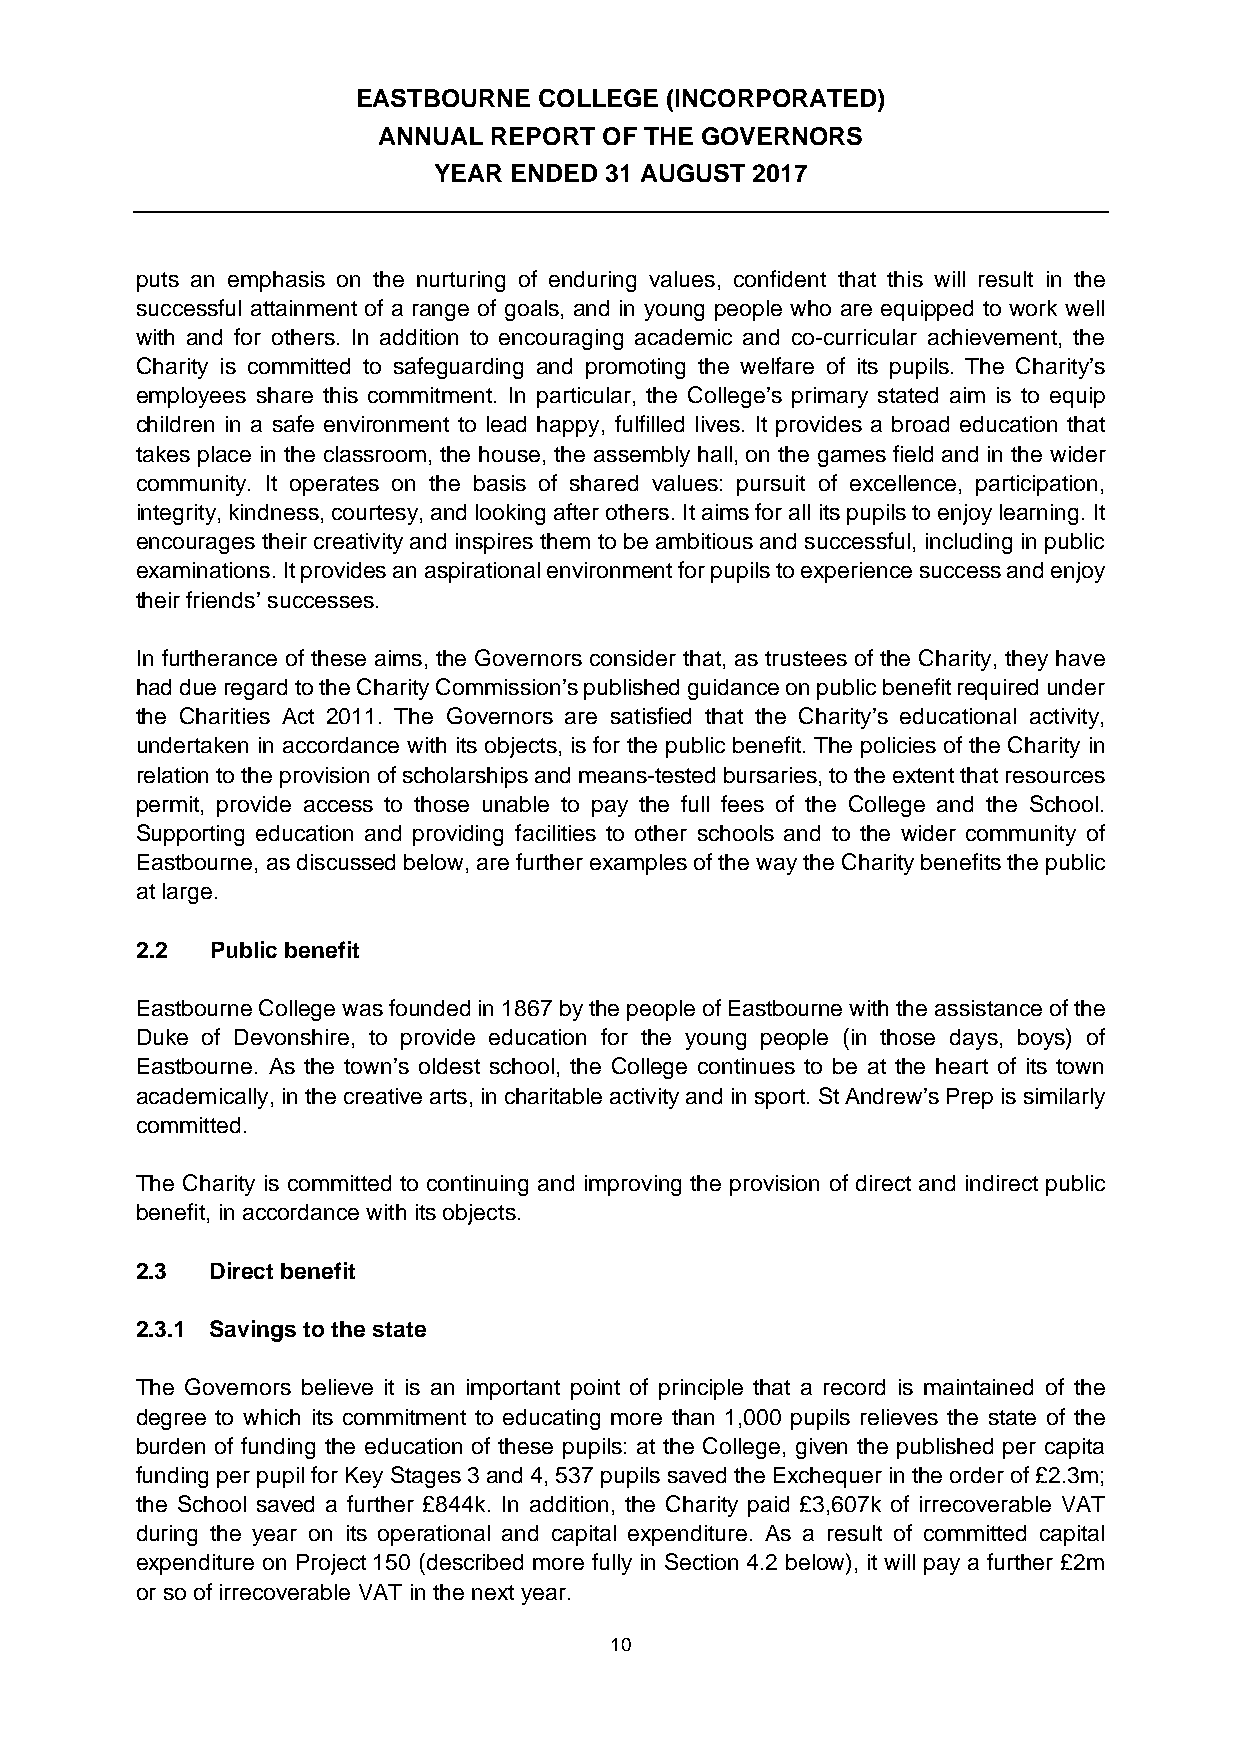
EASTBOURNE  COLLEGE (INCORPORATED)
 ANNUAL REPORT  OF THE GOVERNORS
 YEAR ENDED 31 AUGUST 2017
 puts an emphasis on the nurturing of enduring values, confident that this will result in the
 successful attainment of a range of goals, and in young people who are equipped to work well
 with and for others. In addition to encouraging academic and co-curricular achievement, the
 Charity is committed to safeguarding and promoting the welfare of its pupils. The Charity’s
 employees share this commitment. In particular, the College’s primary stated aim is to equip
 children in a safe environment to lead happy, fulfilled lives. It provides a broad education that
 takes place in the classroom, the house, the assembly hall, on the games field and in the wider
 community. It operates on the basis of shared values: pursuit of excellence, participation,
 integrity, kindness, courtesy, and looking after others. It aims for all its pupils to enjoy learning. It
 encourages their creativity and inspires them to be ambitious and successful, including in public
 examinations. It provides an aspirational environment for pupils to experience success and enjoy
 their friends’ successes.
 In furtherance of these aims, the Governors consider that, as trustees of the Charity, they have
 had due regard to the Charity Commission’s published guidance on public benefit required under
 the Charities Act 2011. The Governors are satisfied that the Charity’s educational activity,
 undertaken in accordance with its objects, is for the public benefit. The policies of the Charity in
 relation to the provision of scholarships and means-tested bursaries, to the extent that resources
 permit, provide access to those unable to pay the full fees of the College and the School.
 Supporting education and providing facilities to other schools and to the wider community of
 Eastbourne, as discussed below, are further examples of the way the Charity benefits the public
 at large.
 2.2  Public benefit
 Eastbourne College was founded in 1867 by the people of Eastbourne with the assistance of the
 Duke of Devonshire, to provide education for the young people (in those days, boys) of
 Eastbourne. As the town’s oldest school, the College continues to be at the heart of its town
 academically, in the creative arts, in charitable activity and in sport. St Andrew’s Prep is similarly
 committed.
 The Charity is committed to continuing and improving the provision of direct and indirect public
 benefit, in accordance with its objects.
 2.3  Direct benefit
 2.3.1 Savings to the state
 The Governors believe it is an important point of principle that a record is maintained of the
 degree to which its commitment to educating more than 1,000 pupils relieves the state of the
 burden of funding the education of these pupils: at the College, given the published per capita
 funding per pupil for Key Stages 3 and 4, 537 pupils saved the Exchequer in the order of £2.3m;
 the School saved a further £844k. In addition, the Charity paid £3,607k of irrecoverable VAT
 during the year on its operational and capital expenditure. As a result of committed capital
 expenditure on Project 150 (described more fully in Section 4.2 below), it will pay a further £2m
 or so of irrecoverable VAT in the next year.
 10